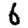
Digit: 6